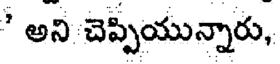
' అని చెప్పియున్నారు,